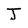
Character: J